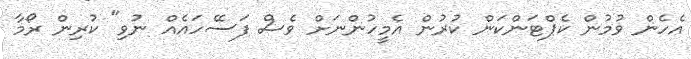
އެހެން ވުމުން ކެޕްޓަންކަން ކުރުން އެމީހުންނަށް ވެސް ފަސޭހައެއް ނުވި" ކުރިން ރޯމާ